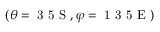
( \theta = \mathrm { ~ 3 ~ 5 ~ S ~ } , \varphi = \mathrm { ~ 1 ~ 3 ~ 5 ~ E ~ } )